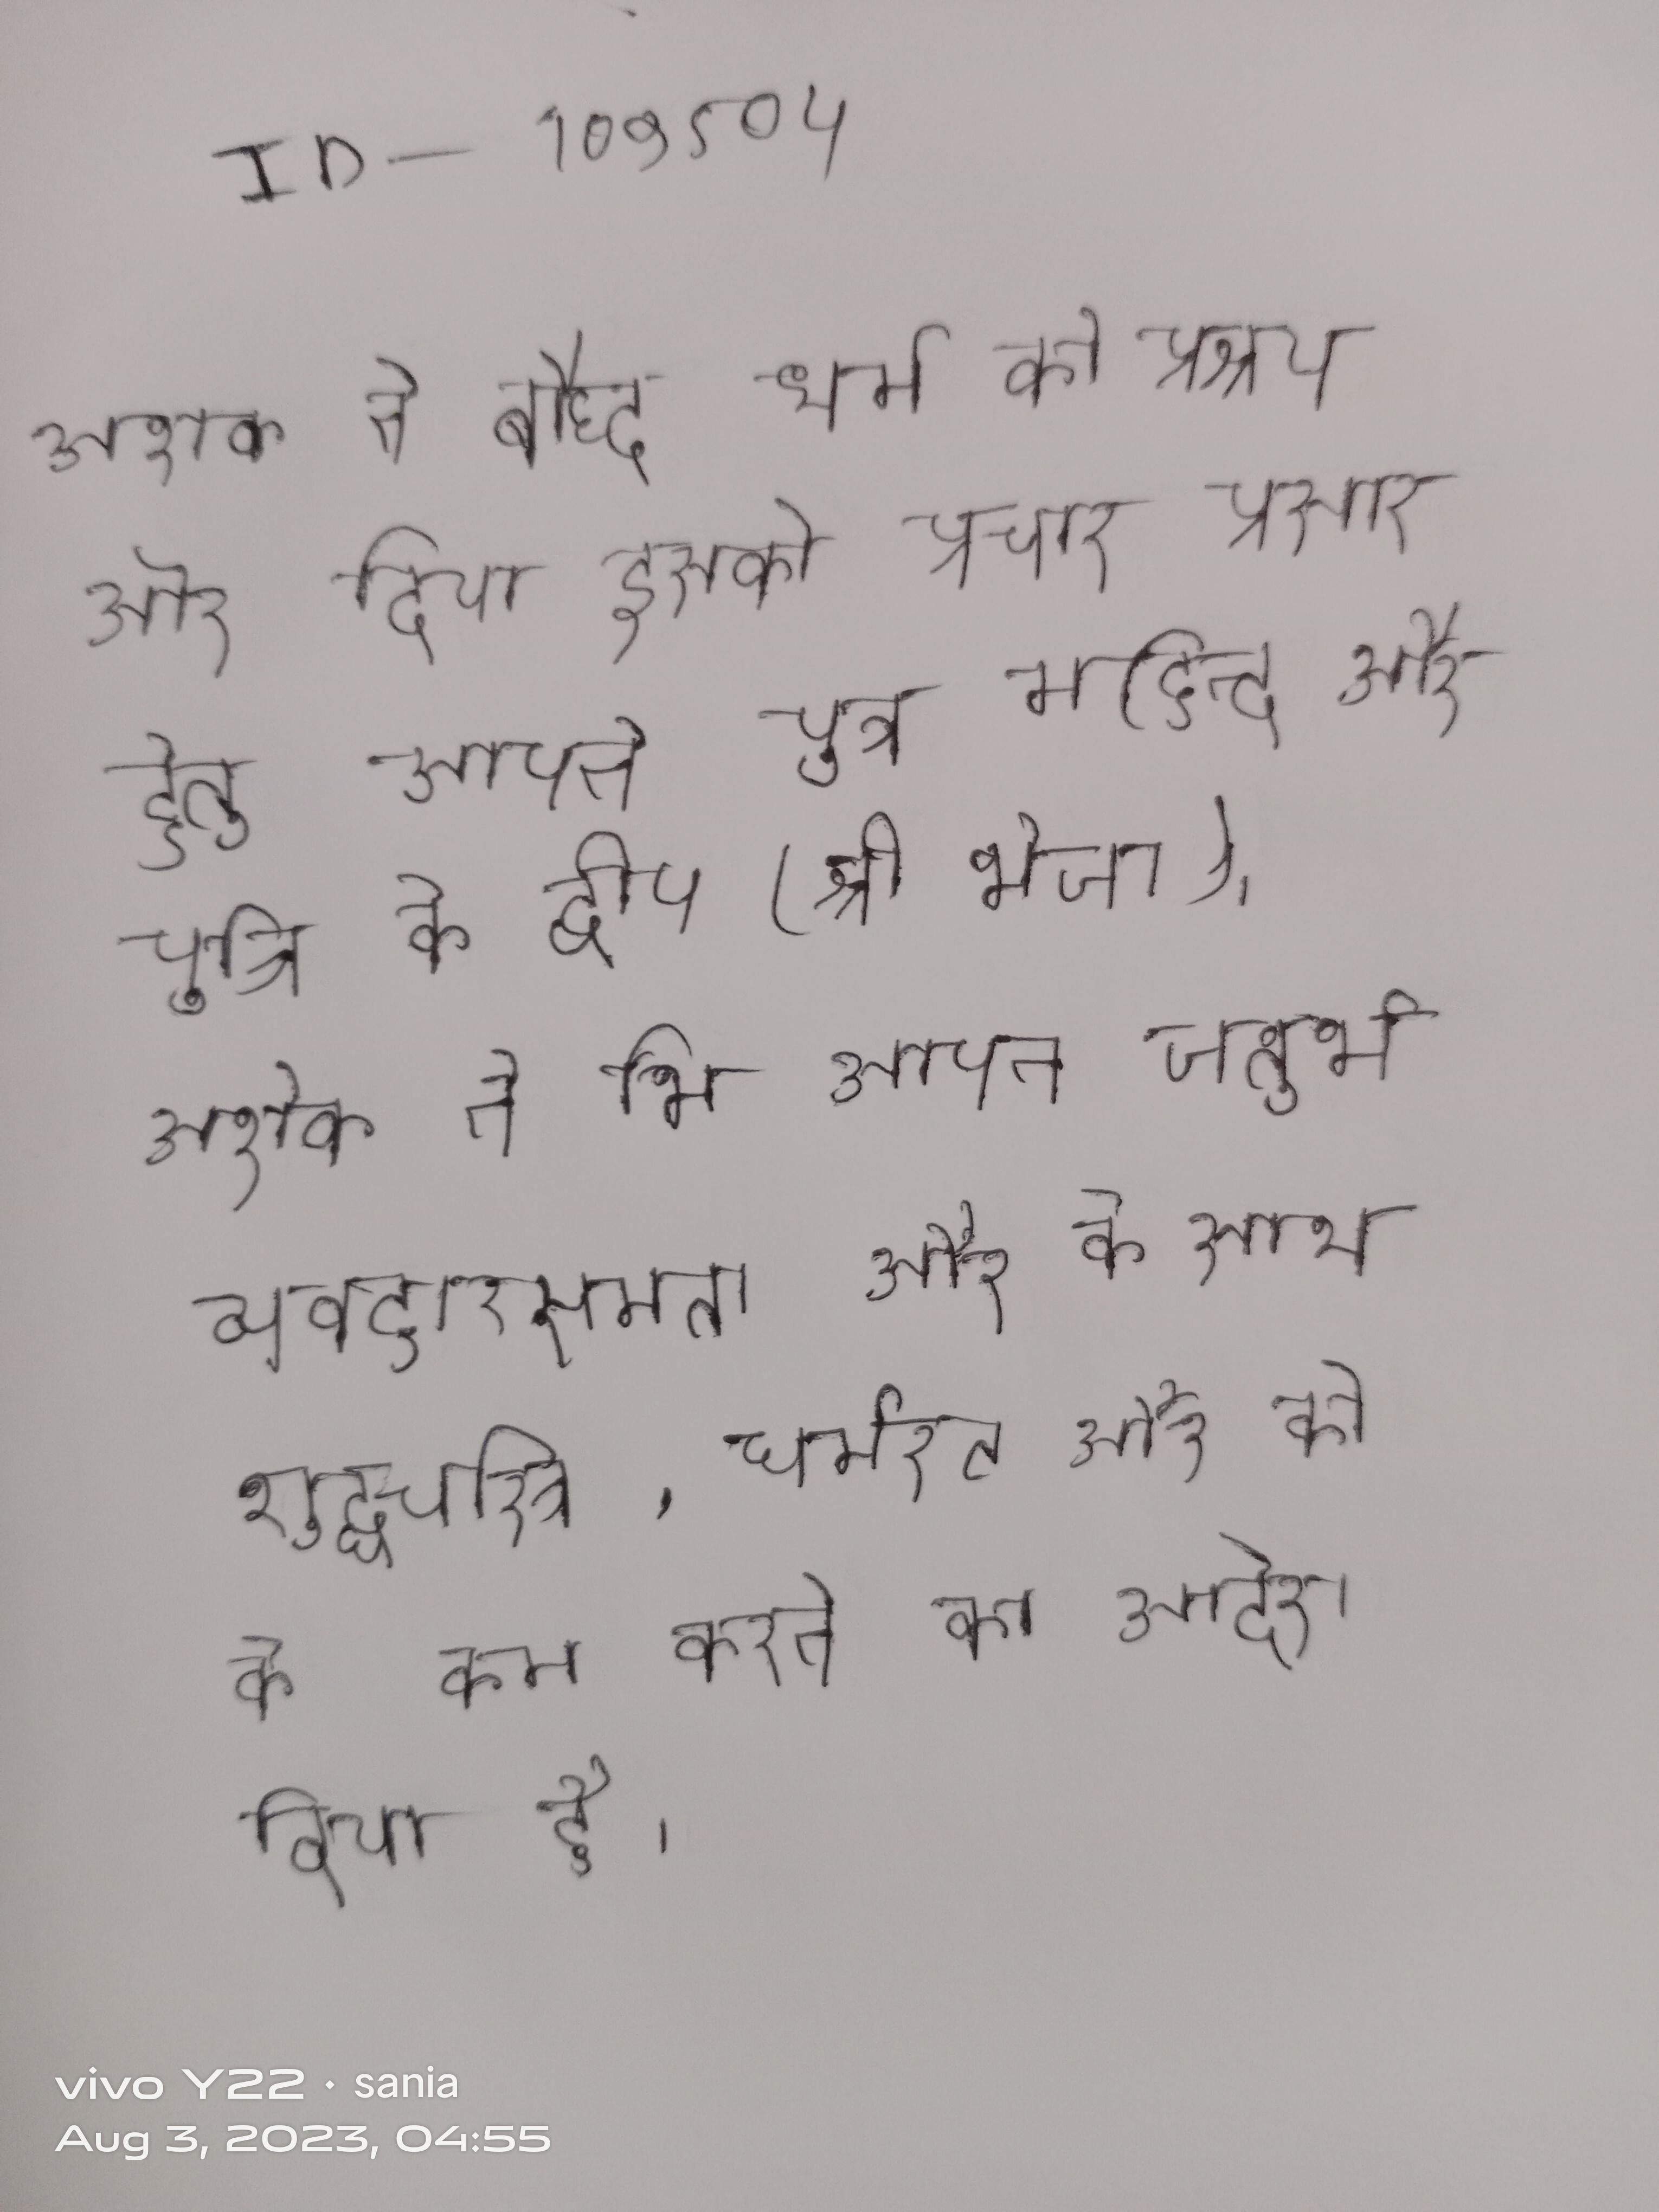
अशोक ने बौध्द धर्म को प्रश्रय दिया और इसके प्रचार प्रसार हेतु अपने पुत्र महेन्द्र और पुत्री को द्वीप (श्री भेजा । अशोक ने भी अपने चतुर्थ व्यवहारसमता और के साथ शुद्धचरित्र, धर्मरत और सद्व्यवहारी के को कम करने का आदेश दिया है ।